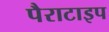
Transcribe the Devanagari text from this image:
पैराटाइप